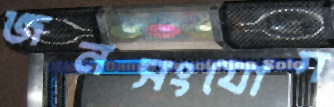
জনসংযোগ